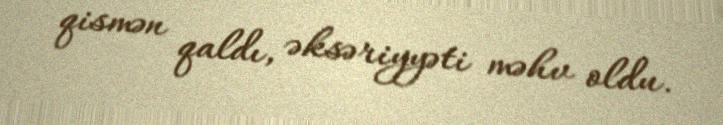
qismən qaldı, əksəriyyəti məhv oldu.